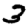
Digit: 3